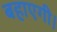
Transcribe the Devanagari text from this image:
बहाएगी।